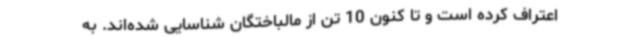
اعتراف کرده است و تا کنون 10 تن از مالباختگان شناسایی شده‌اند. به